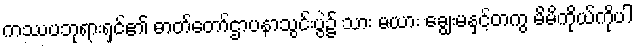
ကဿပဘုရားရှင်၏ ဓာတ်တော်ဌာပနာသွင်းပွဲ၌ သား မယား ချွေးမနှင့်တကွ မိမိကိုယ်ကိုပါ